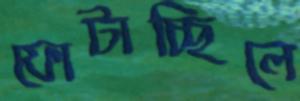
ফোটাচ্ছিলে